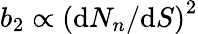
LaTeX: b_{2}\propto\left(\textup dN_{n}/\textup dS\right)^{2}